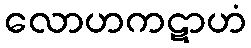
လောဟကဋာဟံ